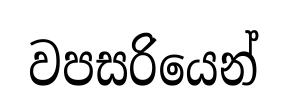
වපසරියෙන්